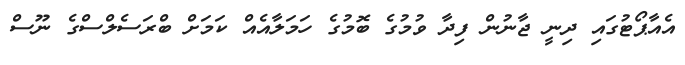
އެއާޕޯޓުގައި ދިނީ ޖާނުން ފިދާ ވުމުގެ ބޮމުގެ ހަމަލާއެއް ކަމަށް ބްރަސެލްސްގެ ނޫސް